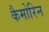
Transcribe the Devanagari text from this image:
कैमोरिन